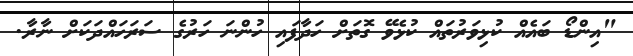
"އިންޑޯ ބައެއް ކުޅިވަރުތައް ކުޅެވޭ ގޮތަށް ހަދާފައި ހުންނަ ހަރުގެ ސަރަހައްދަކަށް ނާރާ.